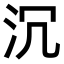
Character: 沉